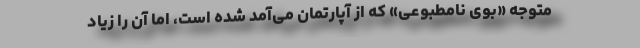
متوجه «بوی نامطبوعی» که از آپارتمان می‌آمد شده است، اما آن را زیاد